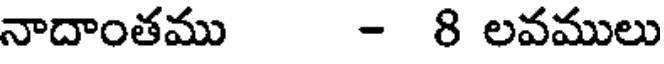
నాదాంతము - 8 లవములు